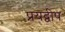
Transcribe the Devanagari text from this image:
प्रयद्वीप